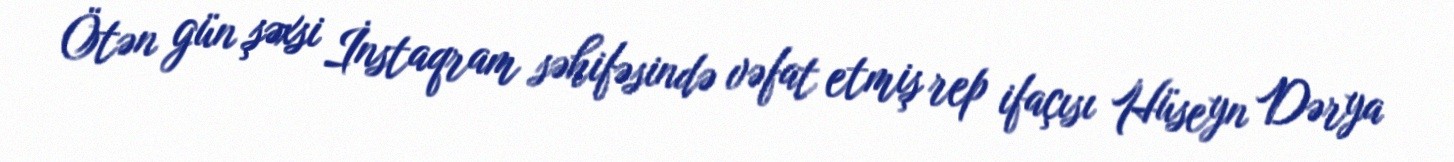
Ötən gün şəxsi İnstaqram səhifəsində vəfat etmiş rep ifaçısı Hüseyn Dərya